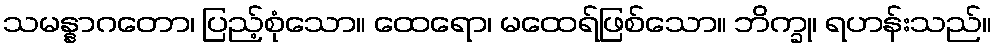
သမန္နာဂတော၊ ပြည့်စုံသော။ ထေရော၊ မထေရ်ဖြစ်သော။ ဘိက္ခု၊ ရဟန်းသည်။